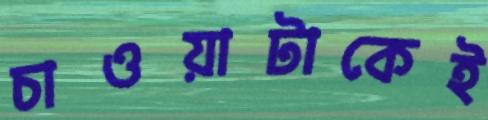
চাওয়াটাকেই